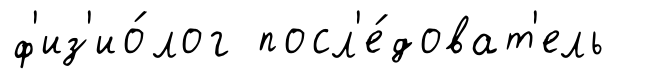
ф'из'ио́лог посл'е́доват'ель